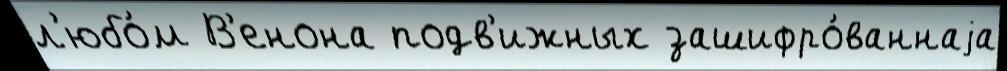
л'юбо́м В'енона подв'ижных зашифро́ваннаjа